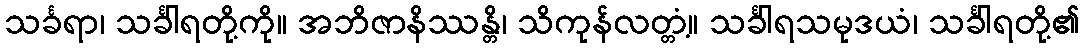
သင်္ခရာ၊ သင်္ခါရတို့ကို။ အဘိဇာနိဿန္တိ၊ သိကုန်လတ္တံ့။ သင်္ခါရသမုဒယံ၊ သင်္ခါရတို့၏